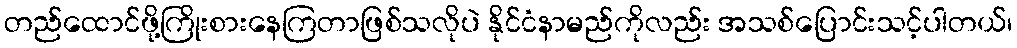
တည်ထောင်ဖို့ကြိုးစားနေကြတာဖြစ်သလိုပဲ နိုင်ငံနာမည်ကိုလည်း အသစ်ပြောင်းသင့်ပါတယ်၊